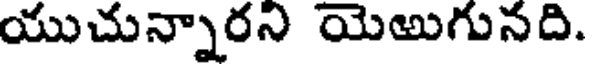
యుచున్నారని యెఱుగునది.